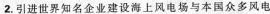
2.引进世界知名企业建设海上风电场与本国众多风电